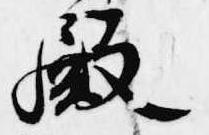
殿